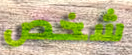
شخص